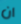
ان